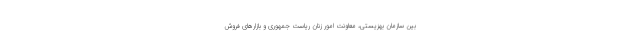
بین سازمان بهزیستی، معاونت امور زنان ریاست جمهوری و بازارهای فروش